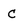
Character: c